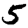
Digit: 5